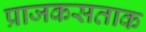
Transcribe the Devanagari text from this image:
प्राजकसताक